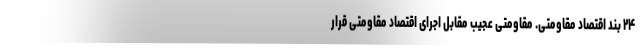
۲۴ بند اقتصاد مقاومتی. مقاومتی عجیب مقابل اجرای اقتصاد مقاومتی قرار